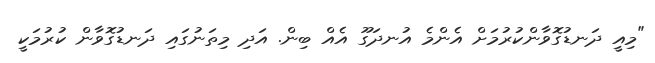
"މިއީ ދަނޑުގޮވާންކުރުމަށް އެންމެ އުނދަގޫ އެއް ބިން. އަދި މިތަނުގައި ދަނޑުގޮވާން ކުރުމަކީ